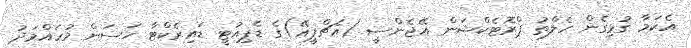
އެކަމާ ގުޅިގެން ހެލްތު ޕްރޮޓެކްޝަން އޭޖެންސީ (އެޗްޕީއޭ)ގެ ޑެޕިއުޓީ ޑައިރެކްޓާ ހަސަން މުހައްމަދު